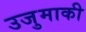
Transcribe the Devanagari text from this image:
उजुमाकी